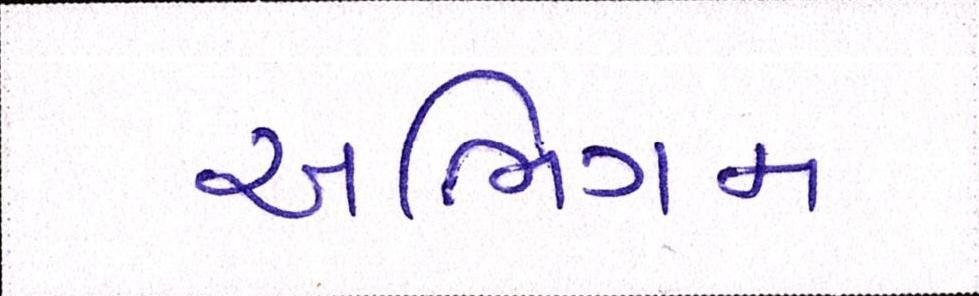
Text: અભિગમ